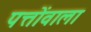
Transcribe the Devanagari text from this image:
पत्तोंवाला